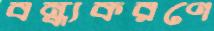
বন্ধ্যকরণে